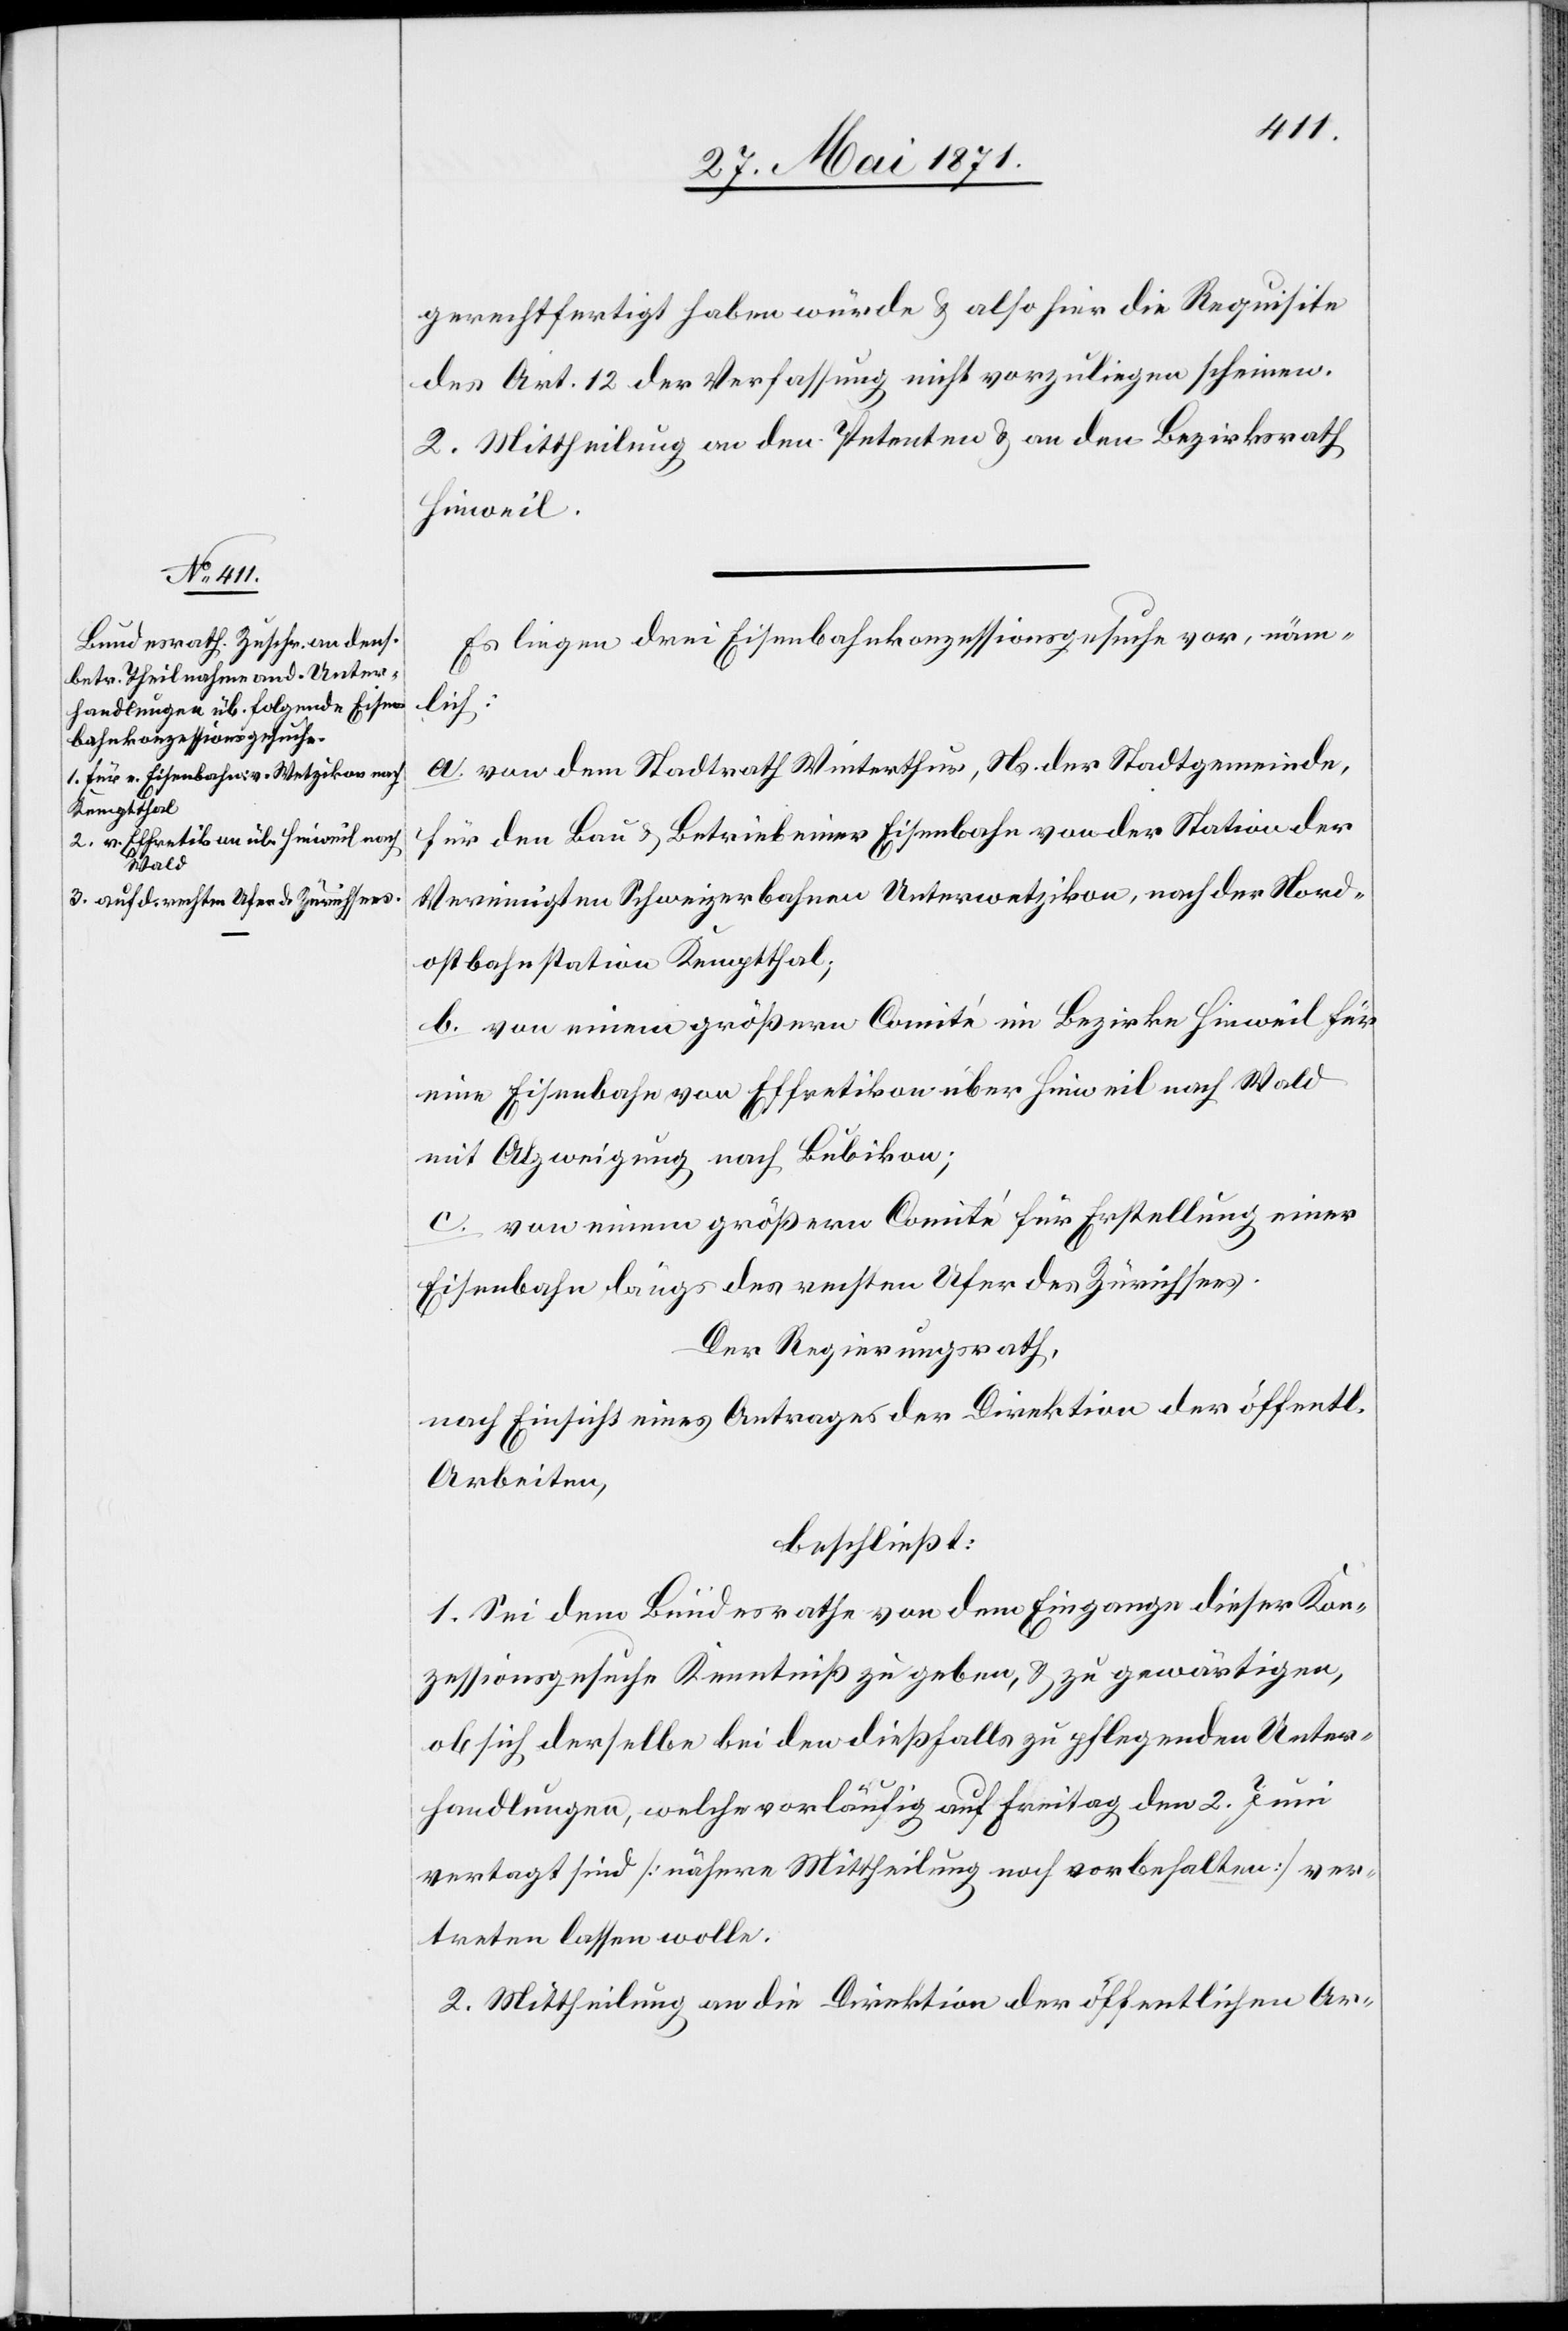
gerechtfertigt haben würde u. also hier die Requisite
des Art. 12 der Verfassung nicht vorzuliegen scheinen.
2. Mittheilung an den Petenten u. an den Bezirksrath
Hinweil.
Es liegen drei Eisenbahnkonzessionsgesuche vor, näm¬
lich:
a. von dem Stadtrath Winterthur, Ns. der Stadtgemeinde,
für den Bau u. Betrieb einer Eisenbahn von der Station der
Vereinigten Schweizerbahnen Unterwetzikon, nach der Nord¬
ostbahnstation Kemptthal,
b. von einem größern Comité im Bezirke Hinweil für
eine Eisenbahn von Effretikon über Hinweil nach Wald
mit Abzweigung nach Bubikon;
c. von einem größern Comité für Erstellung einer
Eisenbahn längs des rechten Ufer des Zürichsees.
Der Regierungsrath,
nach Einsicht eines Antrages der Direktion der öffentl.
Arbeiten,
beschließt:
1. Sei dem Bundesrath von dem Eingange dieser Kon¬
zessionsgesuche Kenntniß zu geben, u. zu gewärtigen,
ob sich derselbe bei den dießfalls zu pflegenden Unter¬
handlungen, welche vorläufig auf Freitag den 2. Juni
vertagt sind [nähere Mittheilung noch vorbehalten] ver¬
treten lassen wolle.
2. Mittheilung an die Direktion der öffentlichen Ar-